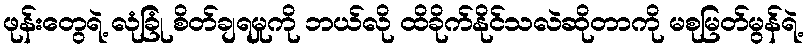
ဖုန်းတွေရဲ့ လုံခြုံ စိတ်ချရမှုကို ဘယ်လို ထိခိုက်နိုင်သလဲဆိုတာကို မစုမြတ်မွန်ရဲ့